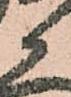
候